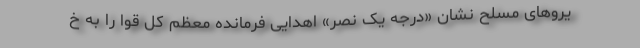
یروهای مسلح نشان «درجه یک نصر» اهدایی فرمانده معظم کل قوا را به خ